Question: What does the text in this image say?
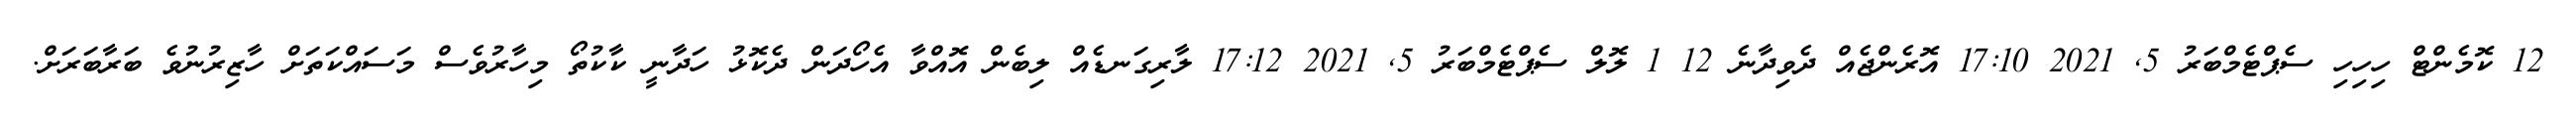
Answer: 12 ކޮމެންޓް ހިހިހި ސެޕްޓެމްބަރު 5, 2021 17:10 އޮރެންޖެއް ދެވިދާނެ 12 1 ލޮލް ސެޕްޓެމްބަރު 5, 2021 17:12 ލާރިގަނޑެއް ލިބެން އޮއްވާ އެހޯދަން ދެކޮޅު ހަދާނީ ކާކުތޯ މިހާރުވެސް މަސައްކަތަށް ހާޒިރުނުވެ ބަރާބަރަށް.